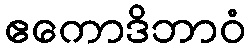
ဧကောဒိဘာဝံ